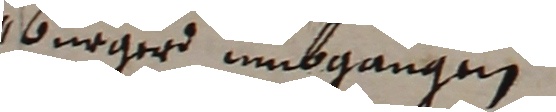
burger unbgangen.